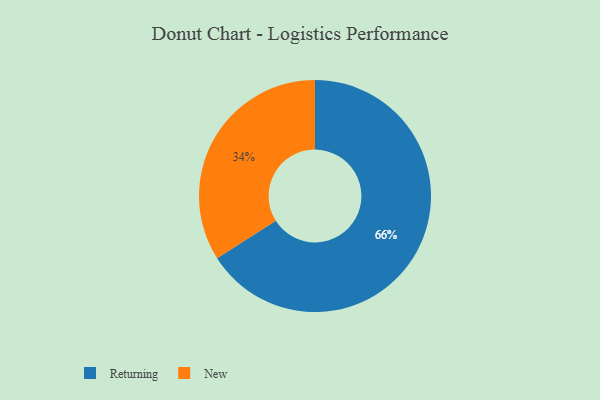
{"axis": {"x": "Category", "y": "Percentage"}, "legend": ["New", "Returning"], "data": [{"x": "New", "y": 34, "type": "New"}, {"x": "Returning", "y": 66, "type": "Returning"}]}